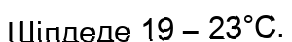
Шілдеде 19 – 23°С.